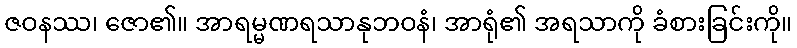
ဇဝနဿ၊ ဇော၏။ အာရမ္မဏရသာနုဘဝနံ၊ အာရုံ၏ အရသာကို ခံစားခြင်းကို။